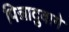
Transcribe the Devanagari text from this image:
पिन्नादुवागे